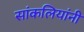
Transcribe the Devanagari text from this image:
सांकलियांनी